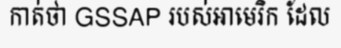
កាត់ថា GSSAP របស់អាមេរិក ដែល